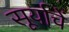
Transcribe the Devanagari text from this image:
सूर्याचें